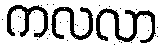
ကလလာ